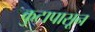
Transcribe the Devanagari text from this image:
कुटापासून